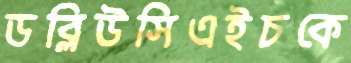
ডব্লিউসিএইচকে